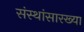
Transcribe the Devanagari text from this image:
संस्थांसारख्या